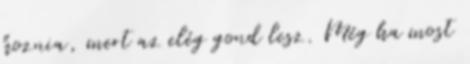
hoznia, mert az elég gond lesz. Még ha most